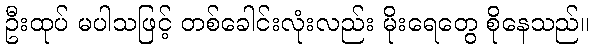
ဦးထုပ် မပါသဖြင့် တစ်ခေါင်းလုံးလည်း မိုးရေတွေ စိုနေသည်။